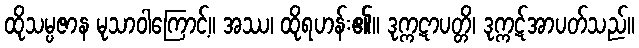
ထိုသမ္ပဇာန မုသာဝါကြောင့်။ အဿ၊ ထိုရဟန်း၏။ ဒုက္ကဋာပတ္တိ၊ ဒုက္ကဋ်အာပတ်သည်။